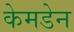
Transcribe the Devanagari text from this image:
केमडेन